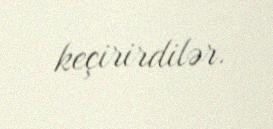
keçirirdilər.